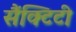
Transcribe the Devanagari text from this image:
सैंक्टिटी